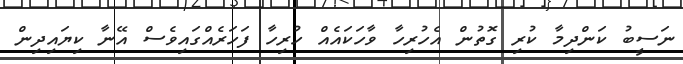
ނަސީބު ކަންދިމާ ކުރި ގޮތުން އެހުރިހާ ވާހަކައެެއް ހުރިހާ ފަހަރެއްގައިވެސް އޭނާ ކިޔައިދިން